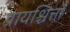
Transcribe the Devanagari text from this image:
प्रायश्चित्तों